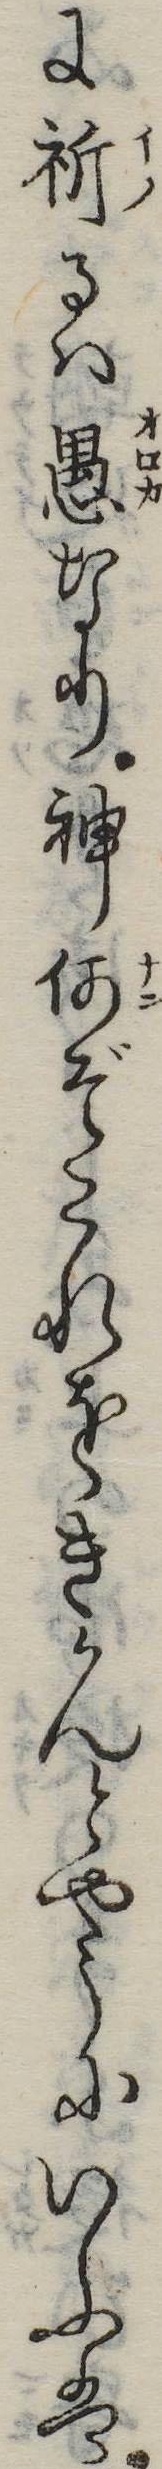
に祈るは愚なり神何ぞこれをきかんとやうにいふは